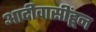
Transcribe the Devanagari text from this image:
आदीवासींहून